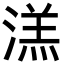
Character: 溔